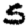
Digit: 5